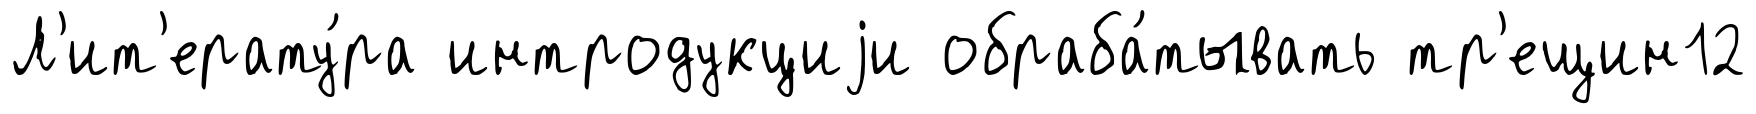
Л'ит'ерату́ра интродукциjи обраба́тывать тр'ещин12